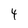
Character: 4